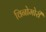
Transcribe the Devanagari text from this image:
विनोमोरी